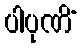
ပါပုဏိံ